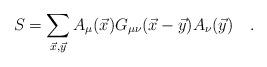
LaTeX: \begin{align*}S=\sum_{\vec{x},\vec{y}}A_{\mu}(\vec{x})G_{\mu\nu}(\vec{x}-\vec{y})A_{\nu}(\vec{y})\quad .\end{align*}